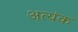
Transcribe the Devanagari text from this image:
अत्यंक